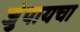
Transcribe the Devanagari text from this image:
जुंपायचा